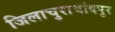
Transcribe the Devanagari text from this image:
जिलाचुराचांदपुर